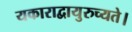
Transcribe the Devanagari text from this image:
यकाराद्वायुरुच्यते।